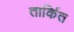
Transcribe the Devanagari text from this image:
तार्कित